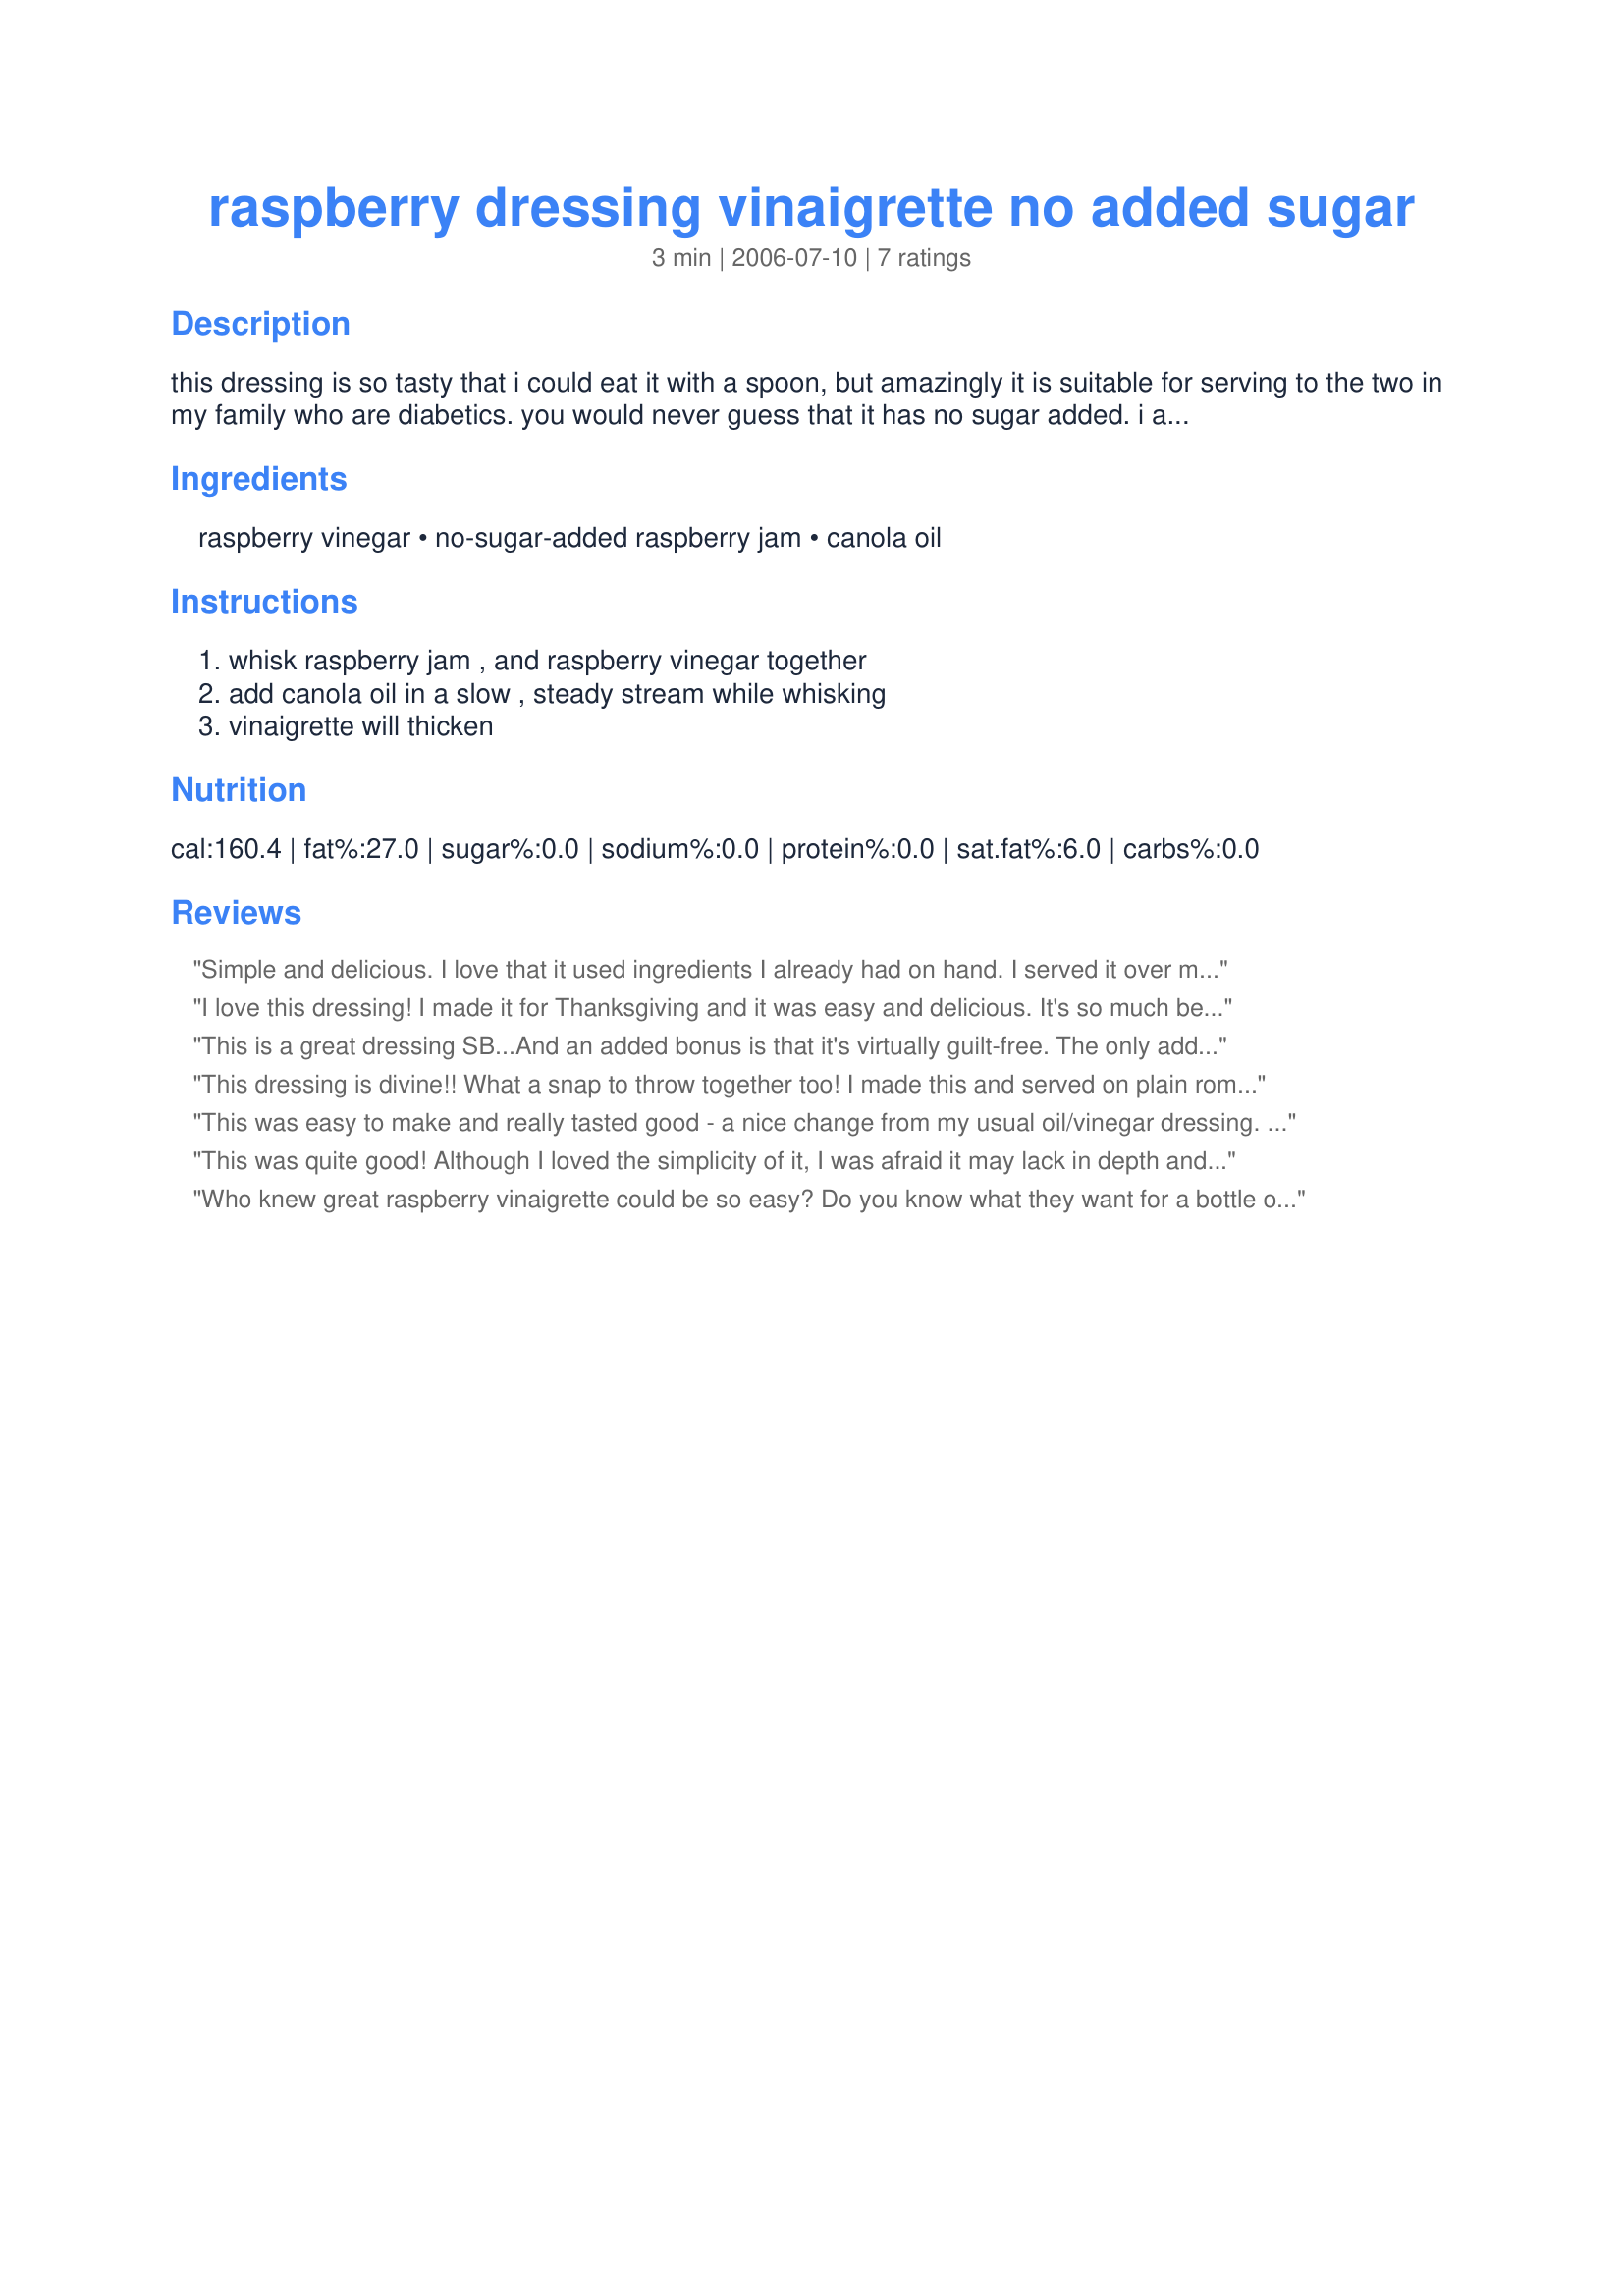
raspberry dressing vinaigrette no added sugar
Preparation time: 3 minutes

this dressing is so tasty that i could eat it with a spoon, but amazingly it is suitable for serving to the two in my family who are diabetics. you would never guess that it has no sugar added. i adapted this recipe from one i believe i originally found in homemakers magazine. serving size is calculated as 2 tablespoons per serving, but that will depend on personal preference.

Ingredients:
raspberry vinegar, no-sugar-added raspberry jam, canola oil

Steps:
whisk raspberry jam , and raspberry vinegar together, add canola oil in a slow , steady stream while whisking, vinaigrette will thicken

Reviews:
Simple and delicious. I love that it used ingredients I already had on hand. I served it over mixed greens and baby spinach with some chopped walnuts. Simple and satisfying. Thanks for sharing!
I love this dressing! I made it for Thanksgiving and it was easy and delicious. It's so much better than bottled raspberry dressings. I will make this again and again.
This is a great dressing SB...And an added bonus is that it's virtually guilt-free. The only added fat is the good kind from the oil. I dabbedthis on a bed of mixed greens with mushrooms, grape tomatoes, celery and carrots. Wonderful, Wonderful...and I TY for posting.~
Made for PRMR.
This dressing is divine!! What a snap to throw together too! I made this and served on plain romaine. However, next time, I think this would be fantastic with lettuce and walnuts and bleu cheese. It would still be diabetic friendly too! Can't wait to make this for my diabetic dad! Thanks for posting Sweet Baboo! Great addition to the Zaar!
This was easy to make and really tasted good - a nice change from my usual oil/vinegar dressing. I used Crofter's Organic Raspberry Fruit Spread (no sugar added), but only 1 tablespoon as I tasted and thought it was already sweet enough for my tastes. In fact, I think this would be equally delicious with balsamic vinegar or red wine vinegar. I will make this again! Made for PRMR Tag Game.
This was quite good! Although I loved the simplicity of it, I was afraid it may lack in depth and was tempted to add to it. I kept with the recipe, though, and it was delicious served over Recipe #70633. If you are needing a dressing with a complex flavor, this one probably won't suit the need. However, if your salad already has a nice variety of flavors on its own and you are looking for something simple to complement it, this is a good one. I used a natural all-fruit seedless raspberry spread. About the oil, this is one you do not want to sub olive oil in (unless, maybe, you have the light kind). I automatically reached for the extra-virgin olive oil without thinking. The olive oil was too strongly flavored for this, and also, since it was so green, it turned the dressing a funny color. :) Fortunately, this is super quick to make, so I just mixed another batch using canola oil. :) Anyway, we really enjoyed it--thanks for sharing the recipe!
Who knew great raspberry vinaigrette could be so easy? Do you know what they want for a bottle of raspberry vinaigrette? This recipe is a great find.
